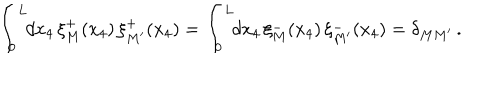
LaTeX: \int _ { 0 } ^ { L } \! \! d x _ { 4 } \, \xi _ { M } ^ { + } ( x _ { 4 } ) \, \xi _ { M ^ { \prime } } ^ { + } ( x _ { 4 } ) = \int _ { 0 } ^ { L } \! \! d x _ { 4 } \, \xi _ { M } ^ { - } ( x _ { 4 } ) \, \xi _ { M ^ { \prime } } ^ { - } ( x _ { 4 } ) = \delta _ { M M ^ { \prime } } \, .